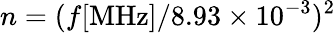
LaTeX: n=(f\mathrm{[MHz]}/8.93\times 10^{-3})^{2}